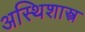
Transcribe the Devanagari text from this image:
अस्थिशास्त्र